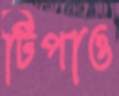
টিপাও